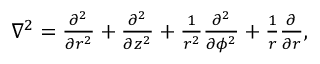
\begin{array} { r } { \nabla ^ { 2 } = \frac { \partial ^ { 2 } } { \partial r ^ { 2 } } + \frac { \partial ^ { 2 } } { \partial z ^ { 2 } } + \frac { 1 } { r ^ { 2 } } \frac { \partial ^ { 2 } } { \partial \phi ^ { 2 } } + \frac { 1 } { r } \frac { \partial } { \partial r } , } \end{array}